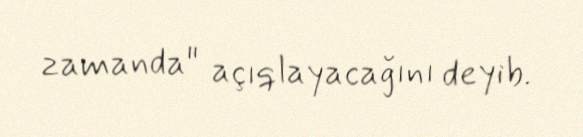
zamanda" açıqlayacağını deyib.